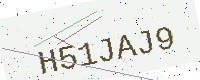
Text: H51JAJ9